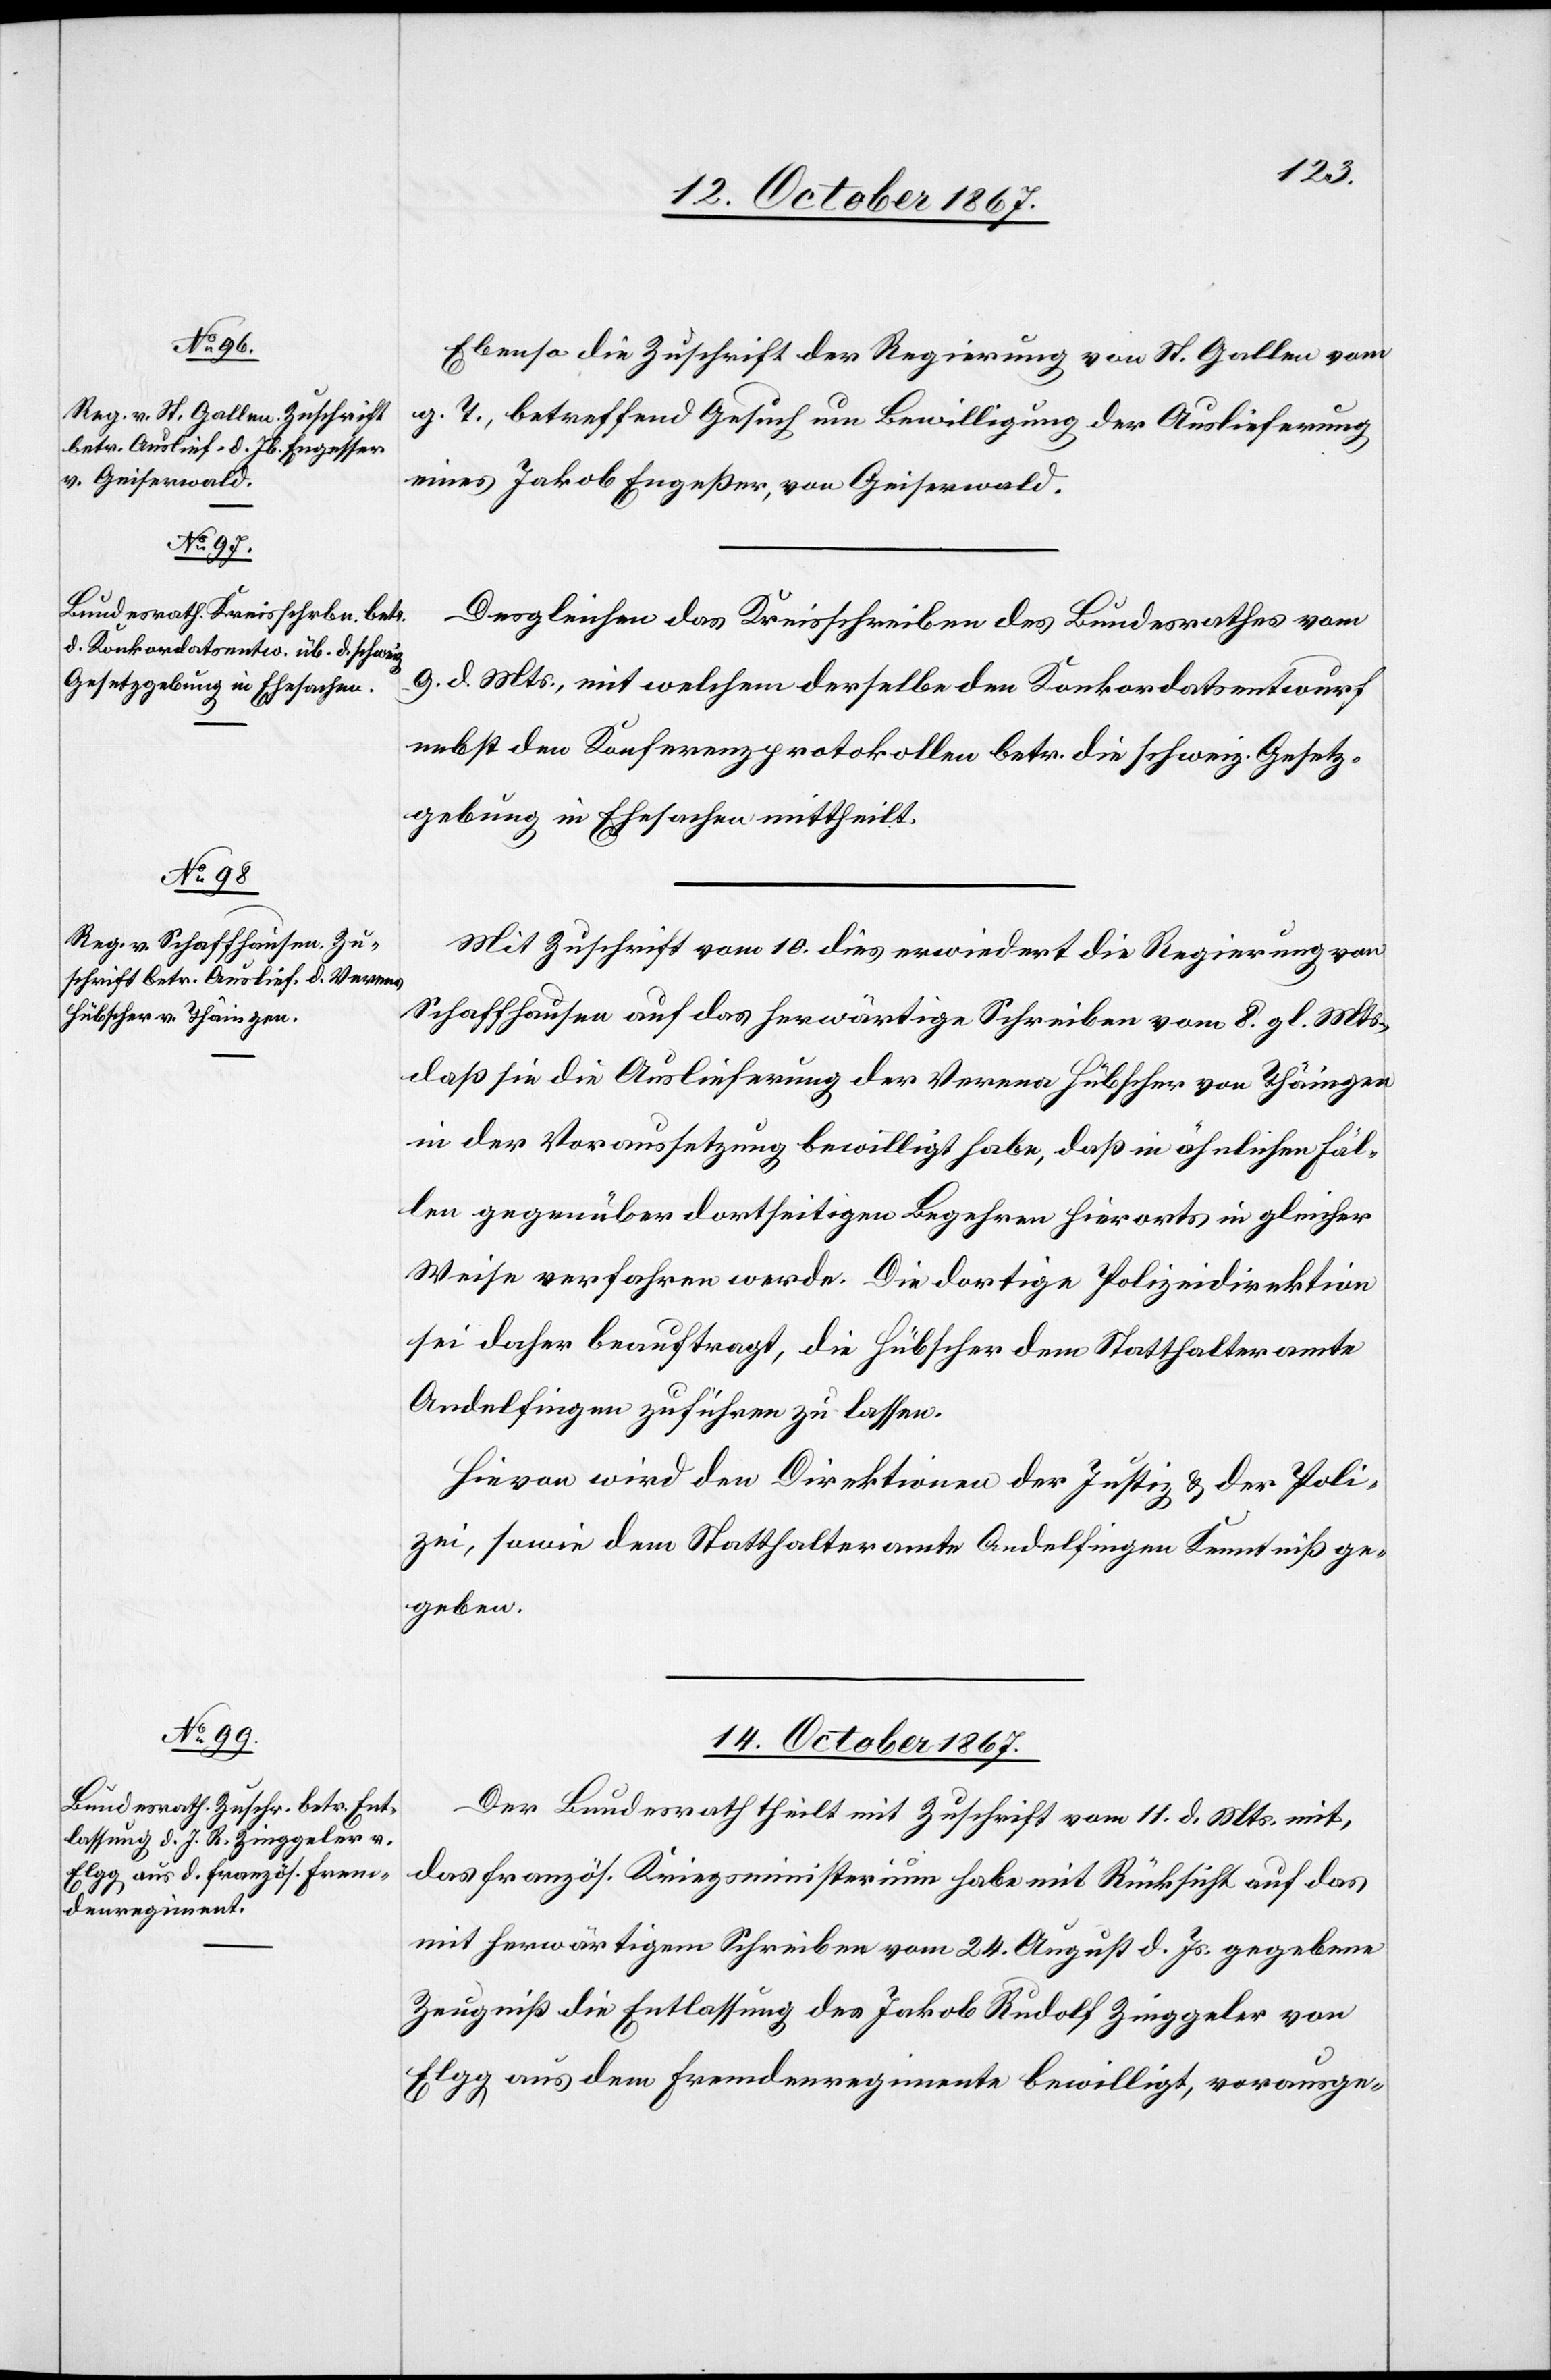
12. October 1867.]
Ebenso die Zuschrift der Regierung von St. Gallen vom
g. T., betreffend Gesuch um Bewilligung der Auslieferung
eines Jakob Engeßer, von Geiserwald.
Desgleichen das Kreisschreiben des Bundesrathes vom
9. d. Mts, mit welchem derselbe den Konkordatsentwurf
nebst den Konferenzprotokollen betr. die schweiz. Gesetz¬
gebung in Ehesachen mittheilt.
Mit Zuschrift vom 10. dies erwiedert die Regierung von
Schaffhausen auf das herwärtige Schreiben vom 8. gl. Mts.,
daß sie die Auslieferung der Verena Hübscher von Thäingen
in der Voraussetzung bewilligt habe, daß in ähnlichen Fäl¬
len gegenüber dortseitigen Begehren hierorts in gleicher
Weise verfahren werde. Die dortige Polizeidirektion
sei daher beauftragt, die Hübscher dem Statthalteramte
Andelfingen zuführen zu lassen.
Hievon wird den Direktionen der Justiz u. der Poli¬
zei, sowie dem Statthalteramte Andelfingen Kenntniß ge¬
geben.
14. October 1867.
Der Bundesrath theilt mit Zuschrift vom 11. d. Mts. mit,
das französ. Kriegsministerium habe mit Rücksicht auf das
mit herwärtigem Schreiben vom 24. August d. Js. gegebene
Zeugniß die Entlassung des Jakob Rudolf Zinggeler von
Elgg aus dem Fremdenregiment bewilligt, vorausge-